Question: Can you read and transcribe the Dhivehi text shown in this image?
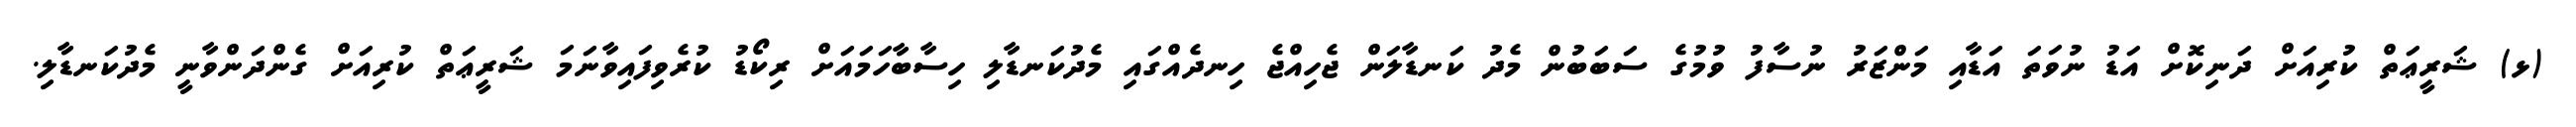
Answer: (ޅ) ޝަރީޢަތް ކުރިއަށް ދަނިކޮށް އަޑު ނުވަތަ އަޑާއި މަންޒަރު ނުސާފު ވުމުގެ ސަބަބުން މެދު ކަނޑާލަން ޖެހިއްޖެ ހިނދެއްގައި މެދުކަނޑާލި ހިސާބާހަމައަށް ރިކޯޑު ކުރެވިފައިވާނަމަ ޝަރީޢަތް ކުރިއަށް ގެންދަންވާނީ މެދުކަނޑާލި.